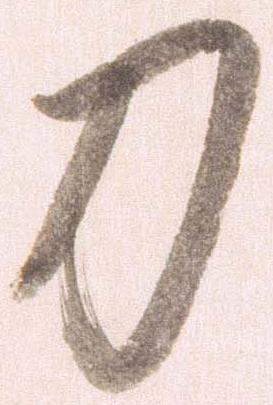
刀